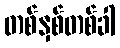
တစ်နှစ်တစ်ခါ